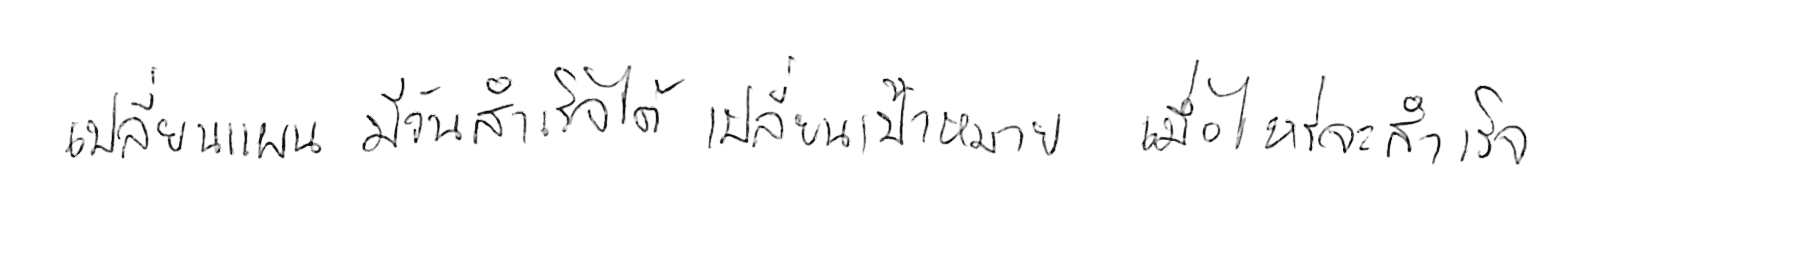
เปลี่ยนแผน มีวันสำเร็จได้ เปลี่ยนเป้าหมาย เมื่อไหร่จะสำเร็จ